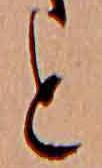
と